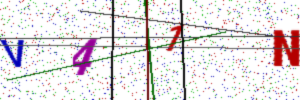
Text: V41N